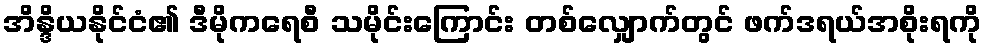
အိန္ဒိယနိုင်ငံ၏ ဒီမိုကရေစီ သမိုင်းကြောင်း တစ်လျှောက်တွင် ဖက်ဒရယ်အစိုးရကို